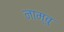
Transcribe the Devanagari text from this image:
नाम्बु